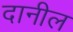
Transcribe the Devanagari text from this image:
दानील